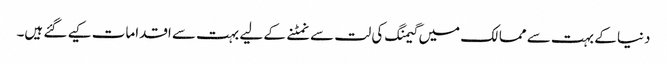
دنیا کے بہت سے ممالک میں گیمنگ کی لت سے نمٹنے کے لیے بہت سے اقدامات کیے گئے ہیں۔